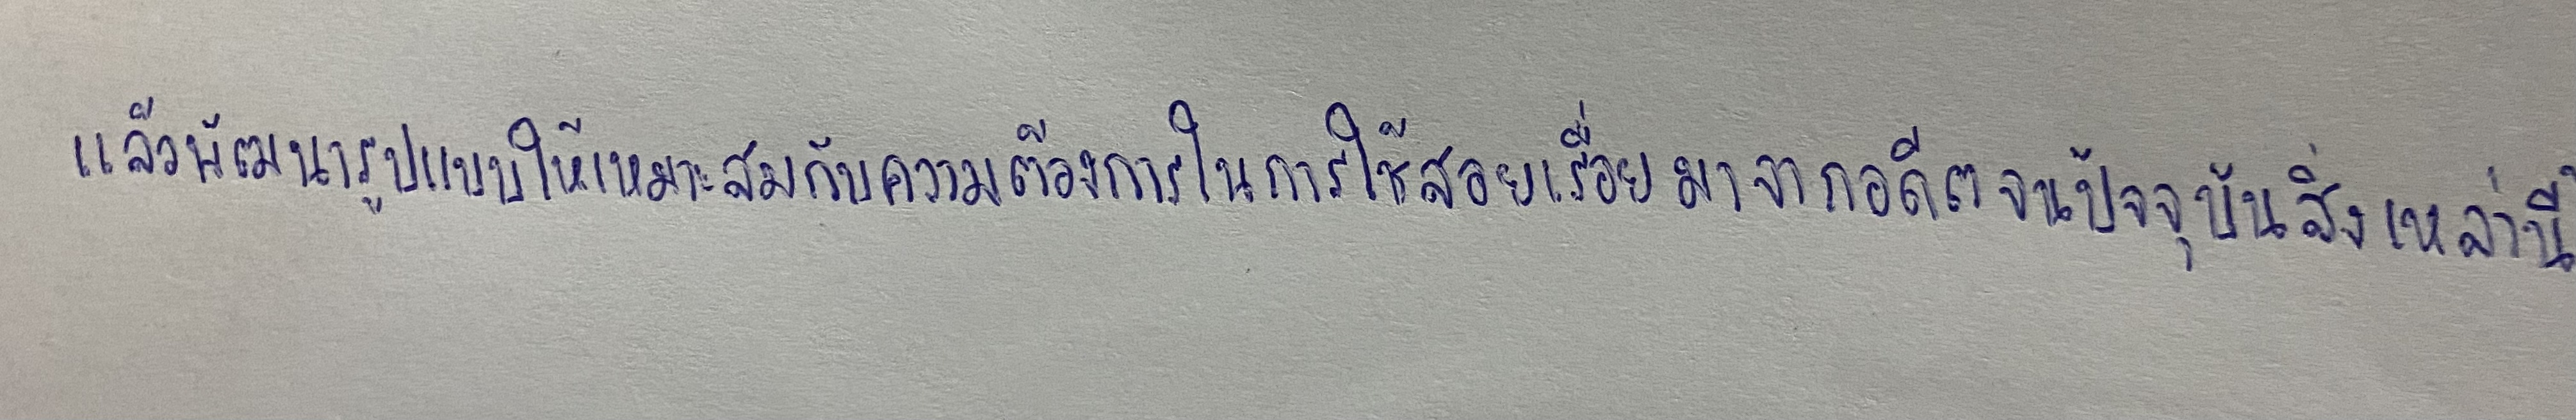
แล้วพัฒนารูปแบบให้เหมาะสมกับความต้องการในการใช้สอยเรื่อยมาจากอดีตจนปัจจุบันสิ่งเหล่านี้